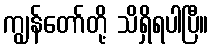
ကျွန်တော်တို့ သိရှိရပါပြီ။